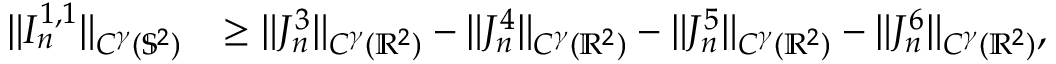
\begin{array} { r l } { \| I _ { n } ^ { 1 , 1 } \| _ { C ^ { \gamma } ( \mathbb { S } ^ { 2 } ) } } & { \geq \| J _ { n } ^ { 3 } \| _ { C ^ { \gamma } ( \mathbb { R } ^ { 2 } ) } - \| J _ { n } ^ { 4 } \| _ { C ^ { \gamma } ( \mathbb { R } ^ { 2 } ) } - \| J _ { n } ^ { 5 } \| _ { C ^ { \gamma } ( \mathbb { R } ^ { 2 } ) } - \| J _ { n } ^ { 6 } \| _ { C ^ { \gamma } ( \mathbb { R } ^ { 2 } ) } , } \end{array}